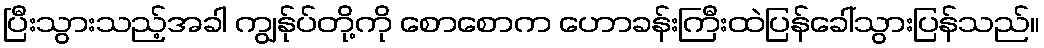
ပြီးသွားသည့်အခါ ကျွန်ုပ်တို့ကို စောစောက ဟောခန်းကြီးထဲပြန်ခေါ်သွားပြန်သည်။